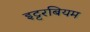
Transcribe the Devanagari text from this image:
इट्टरबियम